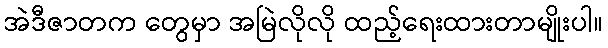
အဲဒီဇာတက တွေမှာ အမြဲလိုလို ထည့်ရေးထားတာမျိုးပါ။